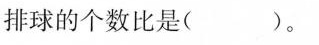
排球的个数比是( )。